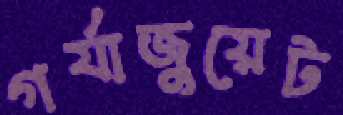
গর্যাজুয়েট